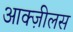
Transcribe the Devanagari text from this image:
आक्ज़ीलस